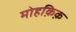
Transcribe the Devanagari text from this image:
मोहक़िक़